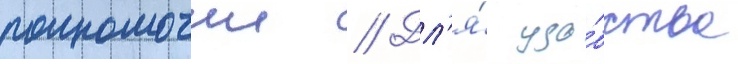
полномочии // Дл'я́ удо́бства